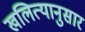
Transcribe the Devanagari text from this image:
खलित्यानुसार